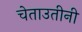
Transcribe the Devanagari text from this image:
चेताउतीनी